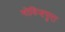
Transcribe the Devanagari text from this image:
गोविन्दपुरा